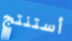
أستنتج